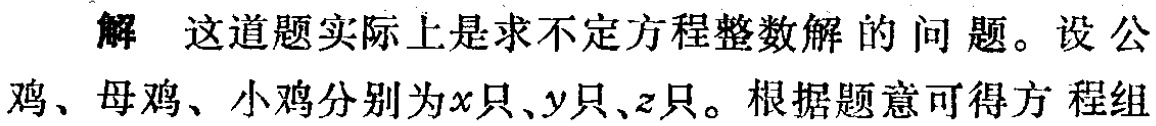
解 这道题实际上是求不定方程整数解的问题。设公鸡、母鸡、小鸡分别为\(x\)只、\(y\)只、\(z\)只。根据题意可得方程组